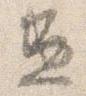
兼